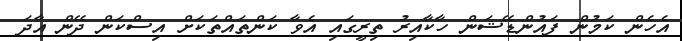
އެހެން ކަމުން ފައުންޑޭޝަން ހާކާއިރު ތިރީގައި އެވާ ކަންތައްތަކަށް އިސްކަން ދޭން އާދަ